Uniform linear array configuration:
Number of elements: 12
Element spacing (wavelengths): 1
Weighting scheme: uniform
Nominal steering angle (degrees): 60
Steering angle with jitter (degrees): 61.658
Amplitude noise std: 0.05
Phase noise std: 0.05

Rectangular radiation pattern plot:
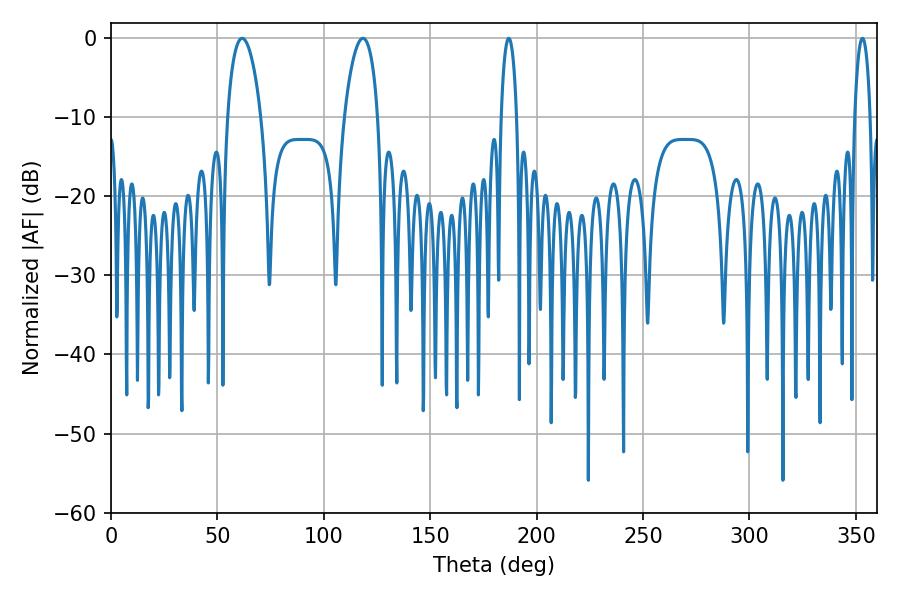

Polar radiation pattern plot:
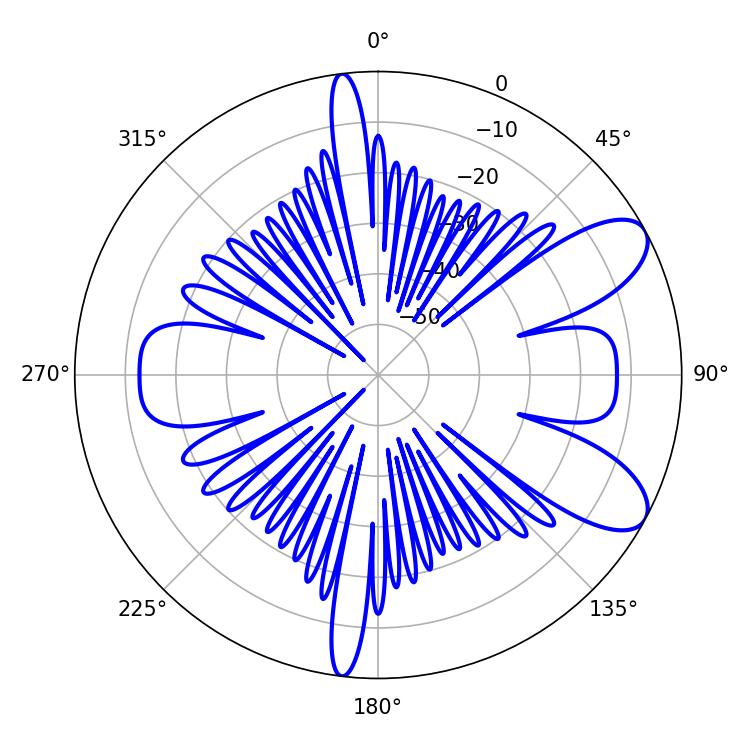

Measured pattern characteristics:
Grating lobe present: TRUE
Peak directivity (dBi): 8.74
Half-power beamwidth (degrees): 9
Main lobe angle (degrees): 61.56